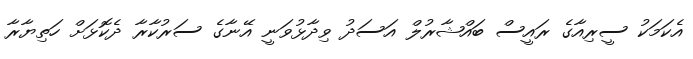
އެކަމަކު ސީރިއާގެ ރައީސް ބައްޝާރުލް އަސަދު ވިދާޅުވަނީ އޭނާގެ ސަރުކާރާ ދެކޮޅަށް ހަތިޔާރާ